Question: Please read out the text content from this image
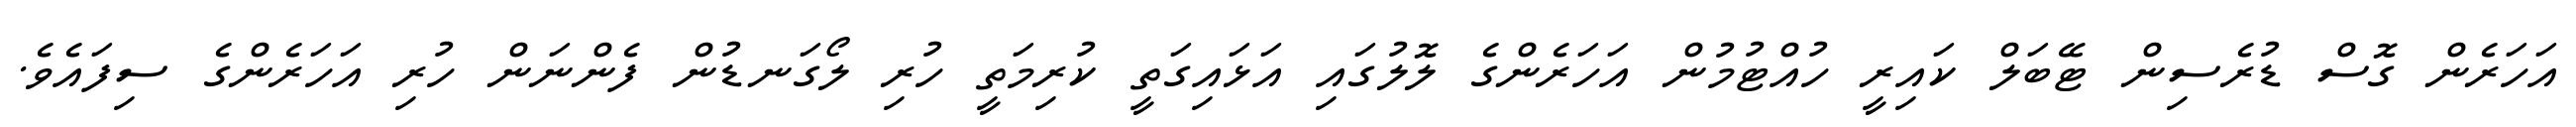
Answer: އަހަރެން ގޮސް ޑުރެސިން ޓޭބަލް ކައިރީ ހުއްޓުމުން އަހަރެންގެ ލޮލުގައި އަޅައިގަތީ ކުރިމަތީ ހުރި ލޯގަނޑުން ފެންނަން ހުރި އަހަރެންގެ ސިފައެވެ.